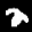
Label: 2